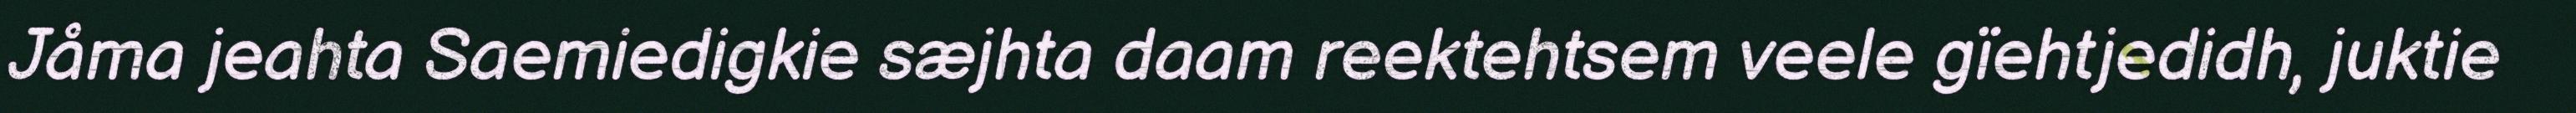
Jåma jeahta Saemiedigkie sæjhta daam reektehtsem veele gïehtjedidh, juktie